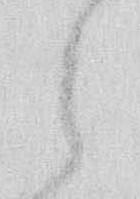
之